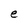
Character: e